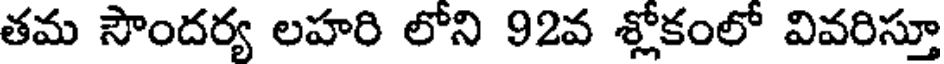
తమ సౌందర్య లహరి లోని 92వ శ్లోకంలో వివరిస్తూ